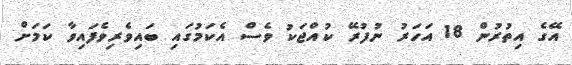
އޭގެ އިތުރުން 18 އަހަރު ނުފުރޭ ކުއްޖަކު ވެސް އެކަމުގައި ބައިވެރިވެފައިވާ ކަމަށް